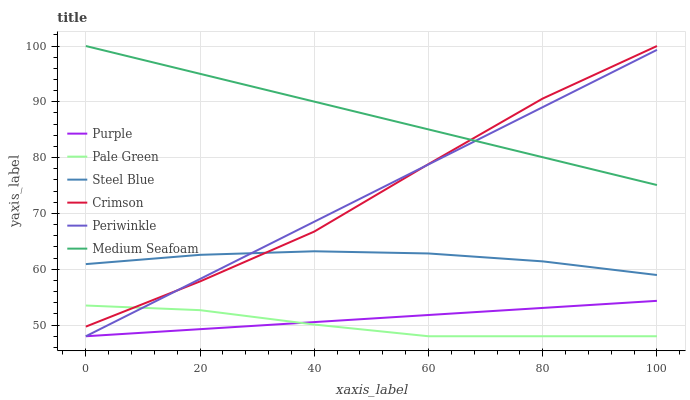
| xaxis_label | Purple | Pale Green | Steel Blue | Crimson | Periwinkle | Medium Seafoam |
 | --- | --- | --- | --- | --- | --- | --- |
 | 0 | 48 | 53.5 | 60.9 | 49.7 | 48 | 100 |
 | 20 | 49.3 | 52.7 | 62.6 | 57.8 | 58.3 | 95 |
 | 40 | 50.5 | 50.1 | 63.2 | 66.8 | 68.5 | 90 |
 | 60 | 51.8 | 48 | 62.8 | 78.8 | 78.8 | 85.1 |
 | 80 | 53.1 | 48 | 61.4 | 90.6 | 89 | 80.1 |
 | 100 | 54.3 | 48 | 59 | 100 | 99.3 | 75.1 |